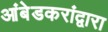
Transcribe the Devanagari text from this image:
आंबेडकरांद्वारा